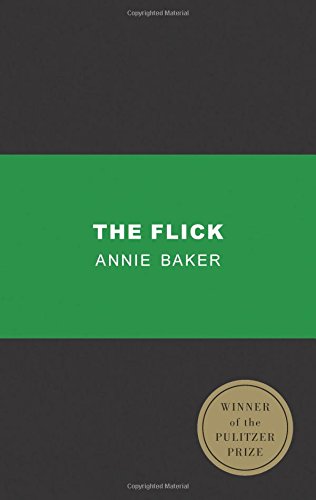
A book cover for The Flick (TCG Edition); Annie Baker; Literature & Fiction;